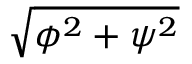
\sqrt { \phi ^ { 2 } + \psi ^ { 2 } }